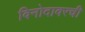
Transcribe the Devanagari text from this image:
विनोदावरची